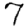
Digit: 7